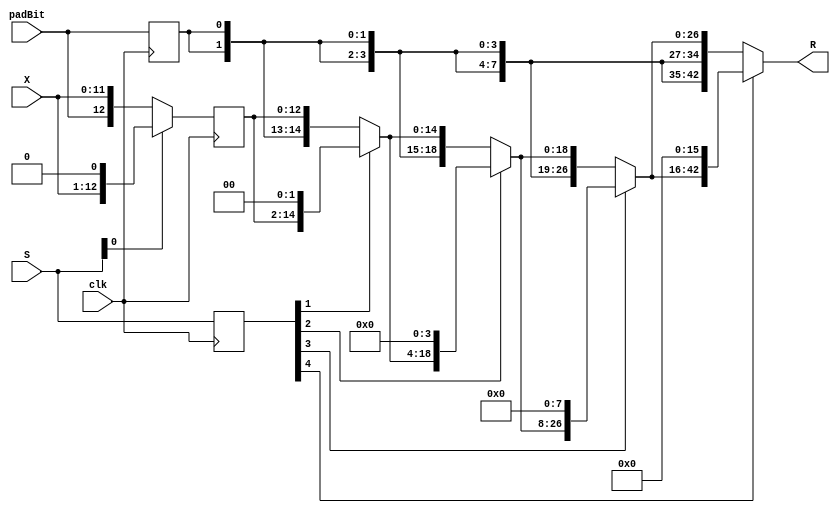
/* Generated by Yosys 0.12 (git sha1 UNKNOWN, gcc 11.1.0 -march=x86-64 -mtune=generic -O2 -fno-plt -fPIC -Os) */

module LeftShifter12_by_max_31_F400_uid38(clk, X, S, padBit, R);
  reg [4:0] _0_;
  reg [12:0] _1_;
  reg _2_;
  wire [12:0] _3_;
  wire [14:0] _4_;
  wire [18:0] _5_;
  wire [26:0] _6_;
  wire [42:0] _7_;
  output [42:0] R;
  input [4:0] S;
  input [11:0] X;
  input clk;
  wire [11:0] level0;
  wire [12:0] level1;
  wire [12:0] level1_d1;
  wire [14:0] level2;
  wire [18:0] level3;
  wire [26:0] level4;
  wire [42:0] level5;
  input padBit;
  wire padbit_d1;
  wire [4:0] ps;
  wire [4:0] ps_d1;
  always @(posedge clk)
    _2_ <= padBit;
  assign _3_ = ps[0] ? { level0, 1'h0 } : { padBit, level0 };
  assign _4_ = ps_d1[1] ? { level1_d1, 2'h0 } : { padbit_d1, padbit_d1, level1_d1 };
  assign _5_ = ps_d1[2] ? { level2, 4'h0 } : { padbit_d1, padbit_d1, padbit_d1, padbit_d1, level2 };
  assign _6_ = ps_d1[3] ? { level3, 8'h00 } : { padbit_d1, padbit_d1, padbit_d1, padbit_d1, padbit_d1, padbit_d1, padbit_d1, padbit_d1, level3 };
  assign _7_ = ps_d1[4] ? { level4, 16'h0000 } : { padbit_d1, padbit_d1, padbit_d1, padbit_d1, padbit_d1, padbit_d1, padbit_d1, padbit_d1, padbit_d1, padbit_d1, padbit_d1, padbit_d1, padbit_d1, padbit_d1, padbit_d1, padbit_d1, level4 };
  always @(posedge clk)
    _0_ <= ps;
  always @(posedge clk)
    _1_ <= level1;
  assign ps = S;
  assign ps_d1 = _0_;
  assign level0 = X;
  assign level1 = _3_;
  assign level1_d1 = _1_;
  assign level2 = _4_;
  assign level3 = _5_;
  assign level4 = _6_;
  assign level5 = _7_;
  assign padbit_d1 = _2_;
  assign R = level5;
endmodule